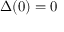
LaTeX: \Delta ( 0 ) = 0